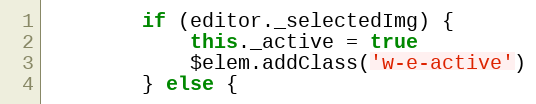
Language: JavaScript
        if (editor._selectedImg) {
            this._active = true
            $elem.addClass('w-e-active')
        } else {